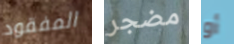
المفقود مضجر أو